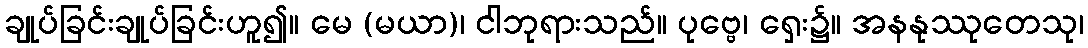
ချုပ်ခြင်းချုပ်ခြင်းဟူ၍။ မေ (မယာ)၊ ငါဘုရားသည်။ ပုဗ္ဗေ၊ ရှေး၌။ အနနုဿုတေသု၊